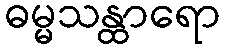
ဓမ္မသန္ထာရော